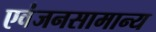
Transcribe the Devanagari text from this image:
एवंजनसामान्य